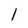
Character: l